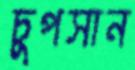
চুপসান